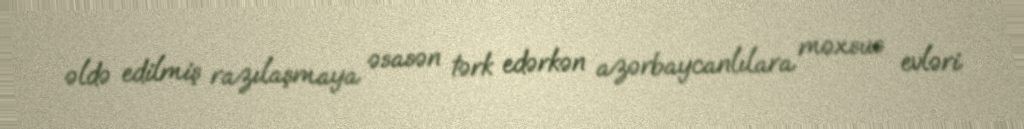
əldə edilmiş razılaşmaya əsasən tərk edərkən azərbaycanlılara məxsus evləri